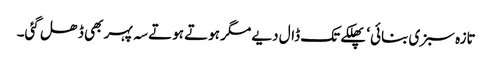
تازہ سبزی بنائی‘ پھلکے تک ڈال دیے مگر ہوتے ہوتے سہ پہر بھی ڈھل گئی۔